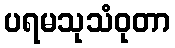
ပရမသုသံဝုတာ